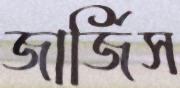
জার্জিস